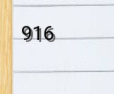
916